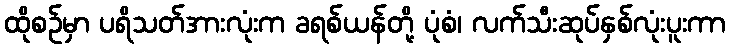
ထိုစဉ်မှာ ပရိသတ်အားလုံးက ခရစ်ယန်တို့ ပုံစံ၊ လက်သီးဆုပ်နှစ်လုံးပူးကာ